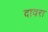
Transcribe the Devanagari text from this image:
दावरा